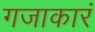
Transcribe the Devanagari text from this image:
गजाकारं